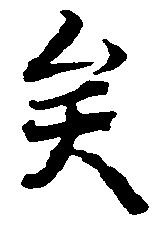
矣